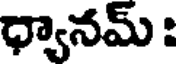
ధ్యానమ్ :